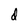
Character: d